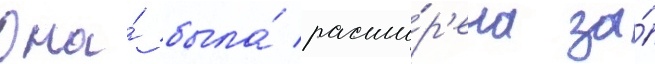
Она́ была́ расши́р'ена за́